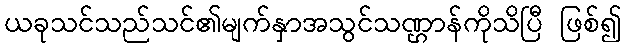
ယခုသင်သည်သင်၏မျက်နှာအသွင်သဏ္ဌာန်ကိုသိပြီ ဖြစ်၍